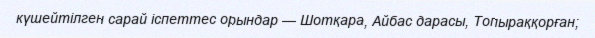
күшейтілген сарай іспеттес орындар — Шотқара, Айбас дарасы, Топыраққорған;